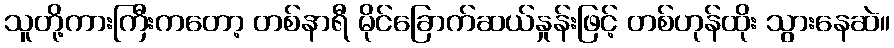
သူတို့ကားကြီးကတော့ တစ်နာရီ မိုင်ခြောက်ဆယ်နှုန်းဖြင့် တစ်ဟုန်ထိုး သွားနေဆဲ။